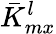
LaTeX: \bar{K}_{mx}^{l}